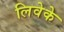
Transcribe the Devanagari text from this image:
लिवेके